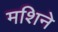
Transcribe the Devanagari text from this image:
मशिने